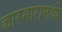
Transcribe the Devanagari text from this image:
कारभारामध्ये